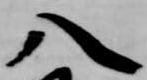
八